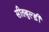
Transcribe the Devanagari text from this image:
सीतबुल्ड़ी